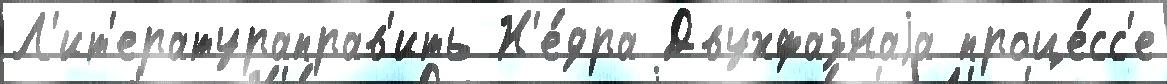
Л'ит'ератураправ'ить Н'е́дра Двухфазнаjа проце́сс'е